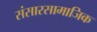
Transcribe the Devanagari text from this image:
संसारसामाजिक